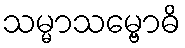
သမ္မာသမ္ဗောဓိ